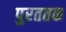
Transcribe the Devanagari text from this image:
पुरततक